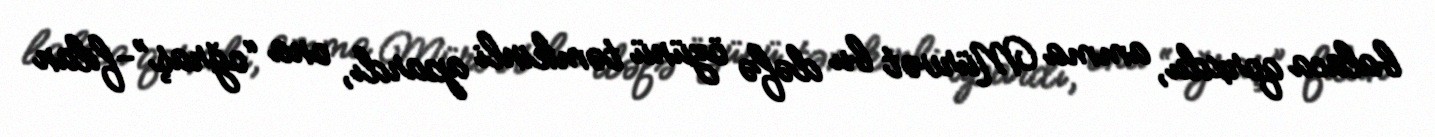
balaca qorxdu, amma Mürvət bu dəfə özünü təmkinli apardı, ona “oğraş”-filan